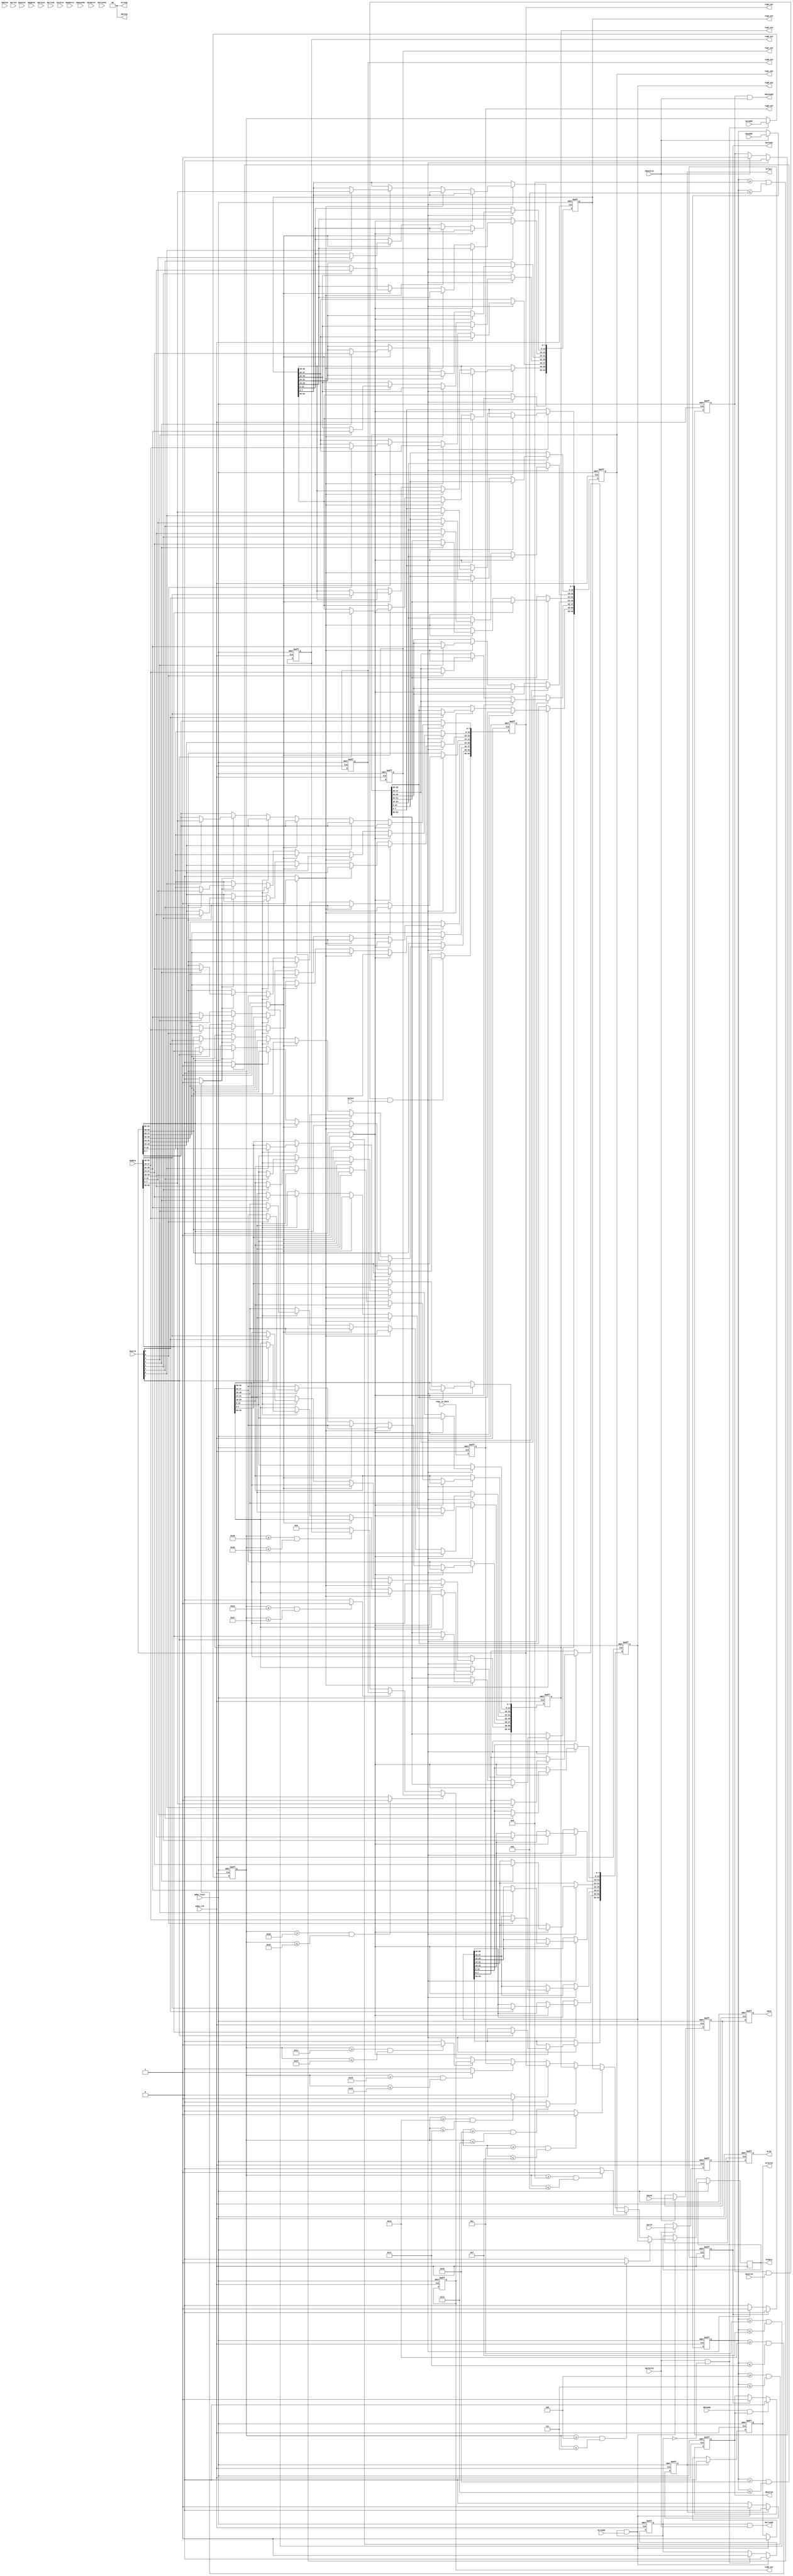
//
//
//
// Created:
//          by - dplyzhnik.UNKNOWN 
//          at - 11:26:38 08.10.2020
//
// using Mentor Graphics HDL Designer(TM) 2015.1b (Build 4)
//
`timescale 1ns/10ps
module my_regs #(
   // synopsys template
   // synopsys template
   parameter DATA_WIDTH        = 64,
   parameter ADDR_WIDTH        = 32,
   parameter BYTE_ENABLE_WIDTH = 8,
   parameter ID_WIDTH          = 8,
   parameter addr_reg0         = 32'h00000004,
   parameter addr_reg1         = 32'h00000008,
   parameter addr_reg2         = 32'h0000000c,
   parameter addr_reg3         = 32'h00000010,
   parameter addr_reg4         = 32'h00000014,
   parameter addr_reg5         = 32'h00000018,
   parameter addr_reg6         = 32'h0000001c,
   parameter addr_reg7         = 32'h00000020,
   parameter addr_reg8         = 32'h00000024,
   parameter addr_reg9         = 32'h00000028
)
( 
   input   wire    [ID_WIDTH-1:0]           Sawid, 
   input   wire    [ADDR_WIDTH-1:0]         Sawaddr, 
   input   wire    [7:0]                    Sawlen, 
   input   wire    [2:0]                    Sawsize, 
   input   wire    [1:0]                    Sawburst, 
   input   wire    [3:0]                    Sawcache, 
   input   wire    [2:0]                    Sawprot, 
   input   wire                             Sawvalid, 
   output  wire                             Sawready, 
   input   wire    [DATA_WIDTH-1:0]         Swdata, 
   input   wire    [BYTE_ENABLE_WIDTH-1:0]  Swstrb, 
   input   wire                             Swlast, 
   input   wire                             Swvalid, 
   output  wire                             Swready, 
   output  reg     [ID_WIDTH-1:0]           Sbid, 
   output  wire    [1:0]                    Sbresp, 
   output  wire                             Sbvalid, 
   input   wire                             Sbready, 
   input   wire    [ID_WIDTH-1:0]           Sarid, 
   input   wire    [ADDR_WIDTH-1:0]         Saraddr, 
   input   wire    [7:0]                    Sarlen, 
   input   wire    [2:0]                    Sarsize, 
   input   wire    [1:0]                    Sarburst, 
   input   wire    [1:0]                    Sarlock, 
   input   wire    [3:0]                    Sarcache, 
   input   wire    [2:0]                    Sarprot, 
   input   wire                             Sarvalid, 
   output  wire                             Sarready, 
   output  reg     [ID_WIDTH-1:0]           Srid, 
   output  reg     [DATA_WIDTH-1:0]         Srdata, 
   output  wire    [1:0]                    Srresp, 
   output  wire                             Srlast, 
   output  wire                             Srvalid, 
   input   wire                             Srready, 
   input   wire                             amba_clk,    // amba_axi clock
   input   wire                             amba_reset,  // amba_axi reset
   output  wire    [DATA_WIDTH-1:0]         reg0_out, 
   output  wire    [DATA_WIDTH-1:0]         reg1_out, 
   output  wire    [DATA_WIDTH-1:0]         reg2_out, 
   output  wire    [DATA_WIDTH-1:0]         reg3_out, 
   output  wire    [DATA_WIDTH-1:0]         reg4_out, 
   output  wire    [DATA_WIDTH-1:0]         reg5_out, 
   output  wire    [DATA_WIDTH-1:0]         reg6_out, 
   output  wire    [DATA_WIDTH-1:0]         reg7_out, 
   output  wire    [DATA_WIDTH-1:0]         reg8_out, 
   output  wire    [DATA_WIDTH-1:0]         reg9_out,
   input   wire    [DATA_WIDTH-1:0]         regs_in_data
);


// Internal Declarations
reg Sarready_temp;
reg Srlast_temp,Srvalid_temp;
reg [ADDR_WIDTH-1:0] Saraddr_temp;
reg Sawready_temp;
reg Sbvalid_temp;
reg Swready_temp;
reg [ADDR_WIDTH-1:0] Sawaddr_temp;
reg [ID_WIDTH-1:0] temp_BID, temp_RID;
///-----
reg [DATA_WIDTH-1:0] my_reg0;
reg [DATA_WIDTH-1:0] my_reg1;
reg [DATA_WIDTH-1:0] my_reg2;
reg [DATA_WIDTH-1:0] my_reg3;
reg [DATA_WIDTH-1:0] my_reg4;
reg [DATA_WIDTH-1:0] my_reg5;
reg [DATA_WIDTH-1:0] my_reg6;
reg [DATA_WIDTH-1:0] my_reg7;
reg [DATA_WIDTH-1:0] my_reg8;
reg [DATA_WIDTH-1:0] my_reg9;
///----
wire reg0_hit_r,reg0_hit_w;
wire reg1_hit_r,reg1_hit_w;
wire reg2_hit_r,reg2_hit_w;
wire reg3_hit_r,reg3_hit_w;
wire reg4_hit_r,reg4_hit_w;
wire reg5_hit_r,reg5_hit_w;
wire reg6_hit_r,reg6_hit_w;
wire reg7_hit_r,reg7_hit_w;
wire reg8_hit_r,reg8_hit_w;
wire reg9_hit_r,reg9_hit_w;

///----
integer i;
///----
assign reg0_hit_r = ((Saraddr_temp[ADDR_WIDTH-1:0] >= addr_reg0) & (Saraddr_temp[ADDR_WIDTH-1:0] <= addr_reg1 - 1'b1)) ? 1 : 0;
assign reg1_hit_r = ((Saraddr_temp[ADDR_WIDTH-1:0] >= addr_reg1) & (Saraddr_temp[ADDR_WIDTH-1:0] <= addr_reg2 - 1'b1))? 1 : 0;
assign reg2_hit_r = ((Saraddr_temp[ADDR_WIDTH-1:0] >= addr_reg2) & (Saraddr_temp[ADDR_WIDTH-1:0] <= addr_reg3 - 1'b1))? 1 : 0;
assign reg3_hit_r = ((Saraddr_temp[ADDR_WIDTH-1:0] >= addr_reg3) & (Saraddr_temp[ADDR_WIDTH-1:0] <= addr_reg4 - 1'b1))? 1 : 0;
assign reg4_hit_r = ((Saraddr_temp[ADDR_WIDTH-1:0] >= addr_reg4) & (Saraddr_temp[ADDR_WIDTH-1:0] <= addr_reg5 - 1'b1))? 1 : 0;
assign reg5_hit_r = ((Saraddr_temp[ADDR_WIDTH-1:0] >= addr_reg5) & (Saraddr_temp[ADDR_WIDTH-1:0] <= addr_reg6 - 1'b1))? 1 : 0;
assign reg6_hit_r = ((Saraddr_temp[ADDR_WIDTH-1:0] >= addr_reg6) & (Saraddr_temp[ADDR_WIDTH-1:0] <= addr_reg7 - 1'b1))? 1 : 0;
assign reg7_hit_r = ((Saraddr_temp[ADDR_WIDTH-1:0] >= addr_reg7) & (Saraddr_temp[ADDR_WIDTH-1:0] <= addr_reg8 - 1'b1))? 1 : 0;
assign reg8_hit_r = ((Saraddr_temp[ADDR_WIDTH-1:0] >= addr_reg8) & (Saraddr_temp[ADDR_WIDTH-1:0] <= addr_reg9 - 1'b1))? 1 : 0;
assign reg9_hit_r = ((Saraddr_temp[ADDR_WIDTH-1:0] >= addr_reg9) & (Saraddr_temp[ADDR_WIDTH-1:0] <= addr_reg9 + 8'h03));// valid for last reg / else copy previous defenition

assign reg0_hit_w = ((Sawaddr_temp[ADDR_WIDTH-1:0] >= addr_reg0) & (Sawaddr_temp[ADDR_WIDTH-1:0] <= addr_reg1 - 1'b1))? 1 : 0;
assign reg1_hit_w = ((Sawaddr_temp[ADDR_WIDTH-1:0] >= addr_reg1) & (Sawaddr_temp[ADDR_WIDTH-1:0] <= addr_reg2 - 1'b1))? 1 : 0;
assign reg2_hit_w = ((Sawaddr_temp[ADDR_WIDTH-1:0] >= addr_reg2) & (Sawaddr_temp[ADDR_WIDTH-1:0] <= addr_reg3 - 1'b1))? 1 : 0;
assign reg3_hit_w = ((Sawaddr_temp[ADDR_WIDTH-1:0] >= addr_reg3) & (Sawaddr_temp[ADDR_WIDTH-1:0] <= addr_reg4 - 1'b1))? 1 : 0;
assign reg4_hit_w = ((Sawaddr_temp[ADDR_WIDTH-1:0] >= addr_reg4) & (Sawaddr_temp[ADDR_WIDTH-1:0] <= addr_reg5 - 1'b1))? 1 : 0;
assign reg5_hit_w = ((Sawaddr_temp[ADDR_WIDTH-1:0] >= addr_reg5) & (Sawaddr_temp[ADDR_WIDTH-1:0] <= addr_reg6 - 1'b1))? 1 : 0;
assign reg6_hit_w = ((Sawaddr_temp[ADDR_WIDTH-1:0] >= addr_reg6) & (Sawaddr_temp[ADDR_WIDTH-1:0] <= addr_reg7 - 1'b1))? 1 : 0;
assign reg7_hit_w = ((Sawaddr_temp[ADDR_WIDTH-1:0] >= addr_reg7) & (Sawaddr_temp[ADDR_WIDTH-1:0] <= addr_reg8 - 1'b1))? 1 : 0;
assign reg8_hit_w = ((Sawaddr_temp[ADDR_WIDTH-1:0] >= addr_reg8) & (Sawaddr_temp[ADDR_WIDTH-1:0] <= addr_reg9 - 1'b1))? 1 : 0;
assign reg9_hit_w = ((Sawaddr_temp[ADDR_WIDTH-1:0] >= addr_reg9) & (Sawaddr_temp[ADDR_WIDTH-1:0] <= addr_reg9 + 8'h03))? 1 : 0;// valid for last reg / else copy previous defenition
///----
assign Srvalid = Srvalid_temp;
assign Srlast = Srlast_temp;
assign Sawready = Sawready_temp & Sawvalid;
assign Sarready = Sarready_temp & Sarvalid;
assign Swready = Swready_temp;
assign Sbvalid = Sbvalid_temp;
assign Sbresp = 0;
assign Srresp = 0;



///---- assigning registers to outputs
assign reg0_out[DATA_WIDTH-1:0] = my_reg0[DATA_WIDTH-1:0];
assign reg1_out[DATA_WIDTH-1:0] = my_reg1[DATA_WIDTH-1:0];
assign reg2_out[DATA_WIDTH-1:0] = my_reg2[DATA_WIDTH-1:0];
assign reg3_out[DATA_WIDTH-1:0] = my_reg3[DATA_WIDTH-1:0];
assign reg4_out[DATA_WIDTH-1:0] = my_reg4[DATA_WIDTH-1:0];
assign reg5_out[DATA_WIDTH-1:0] = my_reg5[DATA_WIDTH-1:0];
assign reg6_out[DATA_WIDTH-1:0] = my_reg6[DATA_WIDTH-1:0];
assign reg7_out[DATA_WIDTH-1:0] = my_reg7[DATA_WIDTH-1:0];
assign reg8_out[DATA_WIDTH-1:0] = my_reg8[DATA_WIDTH-1:0];
assign reg9_out[DATA_WIDTH-1:0] = my_reg9[DATA_WIDTH-1:0];

///----

	always@(posedge amba_clk,posedge amba_reset) begin
		if(amba_reset) begin
			Sarready_temp <= 1'b0;
			Srlast_temp <= 1'b0;
			Srvalid_temp <= 1'b0;
			Saraddr_temp[ADDR_WIDTH-1:0] <= 0;
			Sawaddr_temp[ADDR_WIDTH-1:0] <= 0;
			Sawready_temp <= 1'b0;
			Swready_temp <= 1'b0;
			Sbvalid_temp <= 1'b0;
			temp_BID <= 0;
			temp_RID <= 0;
			Sbid <= 0;
			Srid <= 0;
			my_reg0 <= 0;
			my_reg1 <= 0;
			my_reg2 <= 0;
			my_reg3 <= 0;
			my_reg4 <= 0;
			my_reg5 <= 0;
			my_reg6 <= 0;
			my_reg7 <= 0;
			my_reg8 <= 0;
			my_reg9 <= 0;
		end
			else begin
			 // reg writes from pins
			 my_reg5[DATA_WIDTH-1:0] <= regs_in_data[DATA_WIDTH-1:0];
			// reading registers via amba/axi
				if(Sarvalid & ~Sarready_temp) begin
					Sarready_temp <= 1;
					Saraddr_temp[ADDR_WIDTH-1:0] <=  Saraddr[ADDR_WIDTH-1:0];
				end
				
				if(Sarready_temp & Srready) begin
					case(1)
						reg0_hit_r: begin Srdata[DATA_WIDTH-1:0] <= my_reg0[DATA_WIDTH-1:0]; end
						reg1_hit_r: begin Srdata[DATA_WIDTH-1:0] <= my_reg1[DATA_WIDTH-1:0]; end
						reg2_hit_r: begin Srdata[DATA_WIDTH-1:0] <= my_reg2[DATA_WIDTH-1:0]; end
						reg3_hit_r: begin Srdata[DATA_WIDTH-1:0] <= my_reg3[DATA_WIDTH-1:0]; end
						reg4_hit_r: begin Srdata[DATA_WIDTH-1:0] <= my_reg4[DATA_WIDTH-1:0]; end
						reg5_hit_r: begin Srdata[DATA_WIDTH-1:0] <= my_reg5[DATA_WIDTH-1:0]; end
						reg6_hit_r: begin Srdata[DATA_WIDTH-1:0] <= my_reg6[DATA_WIDTH-1:0]; end
						reg7_hit_r: begin Srdata[DATA_WIDTH-1:0] <= my_reg7[DATA_WIDTH-1:0]; end
						reg8_hit_r: begin Srdata[DATA_WIDTH-1:0] <= my_reg8[DATA_WIDTH-1:0]; end
						reg9_hit_r: begin Srdata[DATA_WIDTH-1:0] <= my_reg9[DATA_WIDTH-1:0]; end
					default : Srdata[DATA_WIDTH-1:0] <= 0;
					endcase
					Sarready_temp <= 1'b0;
					Srlast_temp <= 1'b1;
					Srvalid_temp <= 1'b1;
				end
				if(Srlast_temp) begin
					Srlast_temp <= 1'b0;
					Srvalid_temp <= 1'b0;
				end
			
			//writing registers via amba/axi
				if(Sawvalid) begin
					Sawready_temp <= 1'b1;
					Sawaddr_temp[ADDR_WIDTH-1:0] <= Sawaddr[ADDR_WIDTH-1:0];
				end
				if(Sawready_temp & Swvalid & Swlast) begin
					case(1)
						reg0_hit_w : begin
							for(i=0; i < BYTE_ENABLE_WIDTH; i= i + 1) begin
								if(Swstrb[i]) my_reg0[i*8 +:8] <= Swdata[i*8 +:8];
							end
						end
						reg1_hit_w : begin
							for(i=0; i < BYTE_ENABLE_WIDTH; i= i + 1) begin
								if(Swstrb[i]) my_reg1[i*8 +:8] <= Swdata[i*8 +:8];
							end
						end
						reg2_hit_w : begin
							for(i=0; i < BYTE_ENABLE_WIDTH; i= i + 1) begin
								if(Swstrb[i]) my_reg2[i*8 +:8] <= Swdata[i*8 +:8];
							end
						end
						reg3_hit_w : begin
							for(i=0; i < BYTE_ENABLE_WIDTH; i= i + 1) begin
								if(Swstrb[i]) my_reg3[i*8 +:8] <= Swdata[i*8 +:8];
							end
						end
						reg4_hit_w : begin
							for(i=0; i < BYTE_ENABLE_WIDTH; i= i + 1) begin
								if(Swstrb[i]) my_reg4[i*8 +:8] <= Swdata[i*8 +:8];
							end
						end
					/*	reg5_hit_w : begin
							for(i=0; i < BYTE_ENABLE_WIDTH; i= i + 1) begin
								if(Swstrb[i]) my_reg5[i*8 +:8] <= Swdata[i*8 +:8];
							end
						end
						reg6_hit_w : begin
							for(i=0; i < BYTE_ENABLE_WIDTH; i= i + 1) begin
								if(Swstrb[i]) my_reg6[i*8 +:8] <= Swdata[i*8 +:8];
							end
						end
						reg7_hit_w : begin
							for(i=0; i < BYTE_ENABLE_WIDTH; i= i + 1) begin
								if(Swstrb[i]) my_reg7[i*8 +:8] <= Swdata[i*8 +:8];
							end
						end
						reg8_hit_w : begin
							for(i=0; i < BYTE_ENABLE_WIDTH; i= i + 1) begin
								if(Swstrb[i]) my_reg8[i*8 +:8] <= Swdata[i*8 +:8];
							end
						end
						reg9_hit_w : begin
							for(i=0; i < BYTE_ENABLE_WIDTH; i= i + 1) begin
								if(Swstrb[i]) my_reg9[i*8 +:8] <= Swdata[i*8 +:8];
							end
						end*/
					
					endcase
					Sawready_temp <= 1'b0;
					Swready_temp <= 1'b1;
				
				
				end
				if(Swready_temp) begin
					Swready_temp <= 1'b0;
					Sbvalid_temp <= 1'b1;
				end
				if(Sbready & Sbvalid_temp) Sbvalid_temp <= 1'b0;
				if(Sawvalid) temp_BID <= Sawid[ID_WIDTH-1:0];
				Sbid[ID_WIDTH-1:0] <= temp_BID[ID_WIDTH-1:0];
				if(Sarvalid) temp_RID <= Sarid[ID_WIDTH-1:0];
				Srid[ID_WIDTH-1:0] <= temp_RID[ID_WIDTH-1:0];	
			end
	end


// Internal Declarations
endmodule